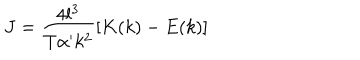
J = \frac { 4 l ^ { 3 } } { T \alpha ^ { \prime } k ^ { 2 } } \left[ K ( k ) - E ( k ) \right]